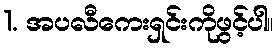
1. အပလီကေးရှင်းကိုဖွင့်ပါ။